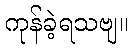
ကုန်ခဲ့ရသဗျ။